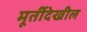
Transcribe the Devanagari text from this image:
मूर्तीदेखील